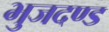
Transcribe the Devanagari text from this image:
भुजदण्ड